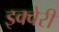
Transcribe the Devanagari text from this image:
इक्वेरी